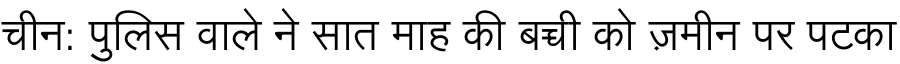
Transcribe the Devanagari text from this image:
चीन: पुलिस वाले ने सात माह की बच्ची को ज़मीन पर पटका